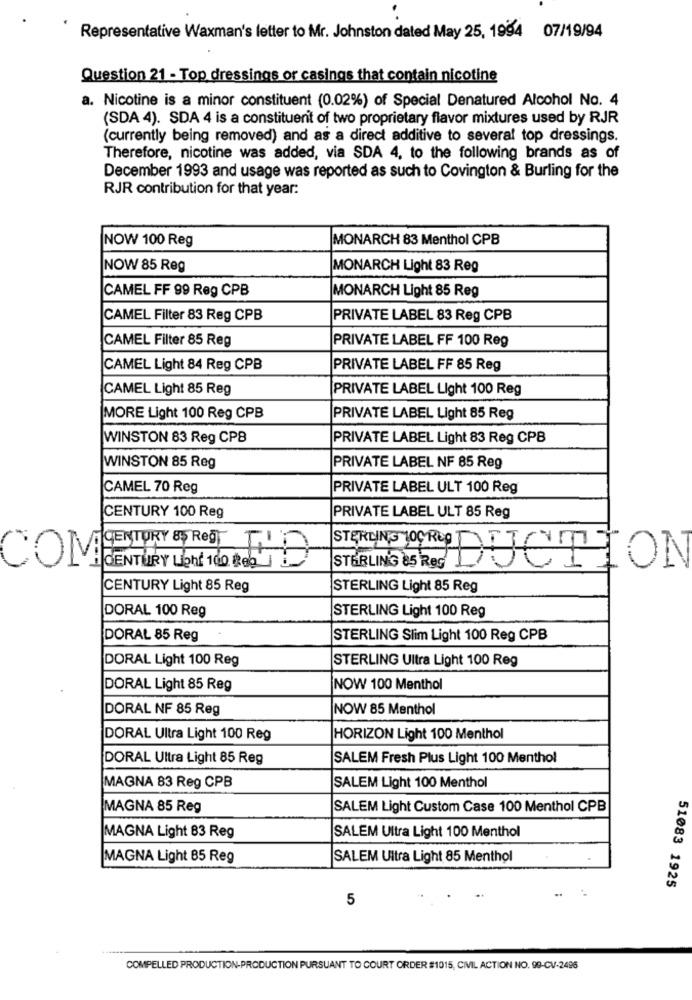
Representative Waxman's letter to Mr. Johnston dated May 25, 1994 07/19/94
Question 21 - Top dressings or casings that contain nicotine
a. Nicotine is a minor constituent (0.02%) of Special Denatured Alcohol No. 4
(SDA 4). SDA 4 is a constituent of two proprietary flavor mixtures used by RJR
(currently being removed) and as a direct additive to several top dressings.
Therefore, nicotine was added, via SDA 4, to the following brands as of
December 1993 and usage was reported as such to Covington & Burling for the
RJR contribution for that year:
NOW 100 Reg
MONARCH 83 Menthol CPB
NOW 85 Reg
MONARCH Light 83 Reg
CAMEL FF 99 Reg CPB
MONARCH Light 85 Reg
CAMEL Filter 83 Reg CPB
PRIVATE LABEL 83 Reg CPB
CAMEL Filter 85 Reg
PRIVATE LABEL FF 100 Reg
CAMEL Light 84 Reg CPB
PRIVATE LABEL FF 85 Reg
CAMEL Light 85 Reg
PRIVATE LABEL Light 100 Reg
MORE Light 100 Reg CPB
PRIVATE LABEL Light 85 Reg
WINSTON 83 Reg CPB
PRIVATE LABEL Light 83 Reg CPB
WINSTON 85 Reg
PRIVATE LABEL NF 85 Reg
CAMEL 70 Reg
PRIVATE LABEL ULT 100 Reg
CENTURY 100 Reg
PRIVATE LABEL ULT 85 Reg
CENTURY 85 ROST TH
COM
CENTURY LOhf 100 ieb .
STERLIN'G 85 Res
STERLING LOCRO DICITTION
CENTURY Light 85 Reg
STERLING Light 85 Reg
STERLING Light 100 Reg
DORAL 100 Reg
DORAL 85 Reg
STERLING Slim Light 100 Reg CPB
DORAL Light 100 Reg
STERLING Ultra Light 100 Reg
DORAL Light 85 Reg
NOW 100 Menthol
DORAL NF 85 Reg
NOW 85 Menthol
DORAL Ultra Light 100 Reg
HORIZON Light 100 Menthol
DORAL Ultra Light 85 Reg
SALEM Fresh Plus Light 100 Menthol
MAGNA 83 Reg CPB
SALEM Light 100 Menthol
MAGNA 85 Reg
SALEM Light Custom Case 100 Menthol CPB
SALEM Ultra Light 100 Menthol
MAGNA Light 83 Reg
MAGNA Light 85 Reg
SALEM Ultra Light 85 Menthol
51083 1925
5
COMPELLED PRODUCTION-PRODUCTION PURSUANT TO COURT ORDER #1015, CIVIL ACTION NO. 99-CV-2496